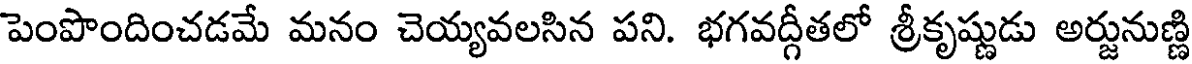
పెంపొందించడమే మనం చెయ్యవలసిన పని. భగవద్గీతలో శ్రీకృష్ణుడు అర్జునుణ్ణి